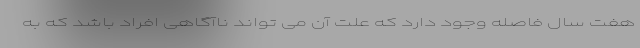
هفت سال فاصله وجود دارد که علت آن می تواند ناآگاهی افراد باشد که به